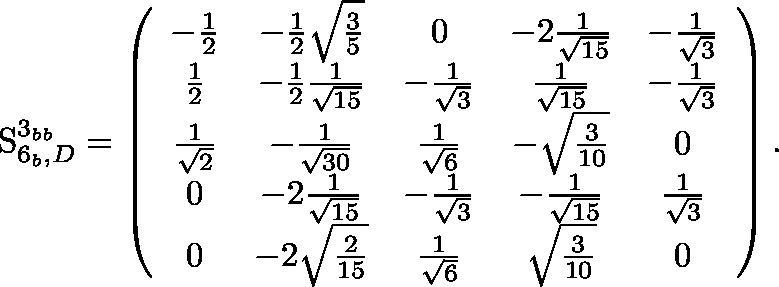
{ \boldmath \mathrm { S } } _ { 6 _ { b } , D } ^ { 3 _ { b b } } = \left( \begin{array} { c c c c c } { { - { \frac { 1 } { 2 } } } } & { { - { \frac { 1 } { 2 } } { \sqrt { { \frac { 3 } { 5 } } } } } } & { { 0 } } & { { - 2 { \frac { 1 } { { \sqrt { 1 5 } } } } } } & { { - { \frac { 1 } { { \sqrt { 3 } } } } } } \\ { { { \frac { 1 } { 2 } } } } & { { - { \frac { 1 } { 2 } } { \frac { 1 } { { \sqrt { 1 5 } } } } } } & { { - { \frac { 1 } { { \sqrt { 3 } } } } } } & { { { \frac { 1 } { { \sqrt { 1 5 } } } } } } & { { - { \frac { 1 } { { \sqrt { 3 } } } } } } \\ { { { \frac { 1 } { { \sqrt { 2 } } } } } } & { { - { \frac { 1 } { { \sqrt { 3 0 } } } } } } & { { { \frac { 1 } { { \sqrt { 6 } } } } } } & { { - { \sqrt { { \frac { 3 } { 1 0 } } } } } } & { { 0 } } \\ { { 0 } } & { { - 2 { \frac { 1 } { { \sqrt { 1 5 } } } } } } & { { - { \frac { 1 } { { \sqrt { 3 } } } } } } & { { - { \frac { 1 } { { \sqrt { 1 5 } } } } } } & { { { \frac { 1 } { { \sqrt { 3 } } } } } } \\ { { 0 } } & { { - 2 { \sqrt { { \frac { 2 } { 1 5 } } } } } } & { { { \frac { 1 } { { \sqrt { 6 } } } } } } & { { { \sqrt { { \frac { 3 } { 1 0 } } } } } } & { { 0 } } \end{array} \right) .